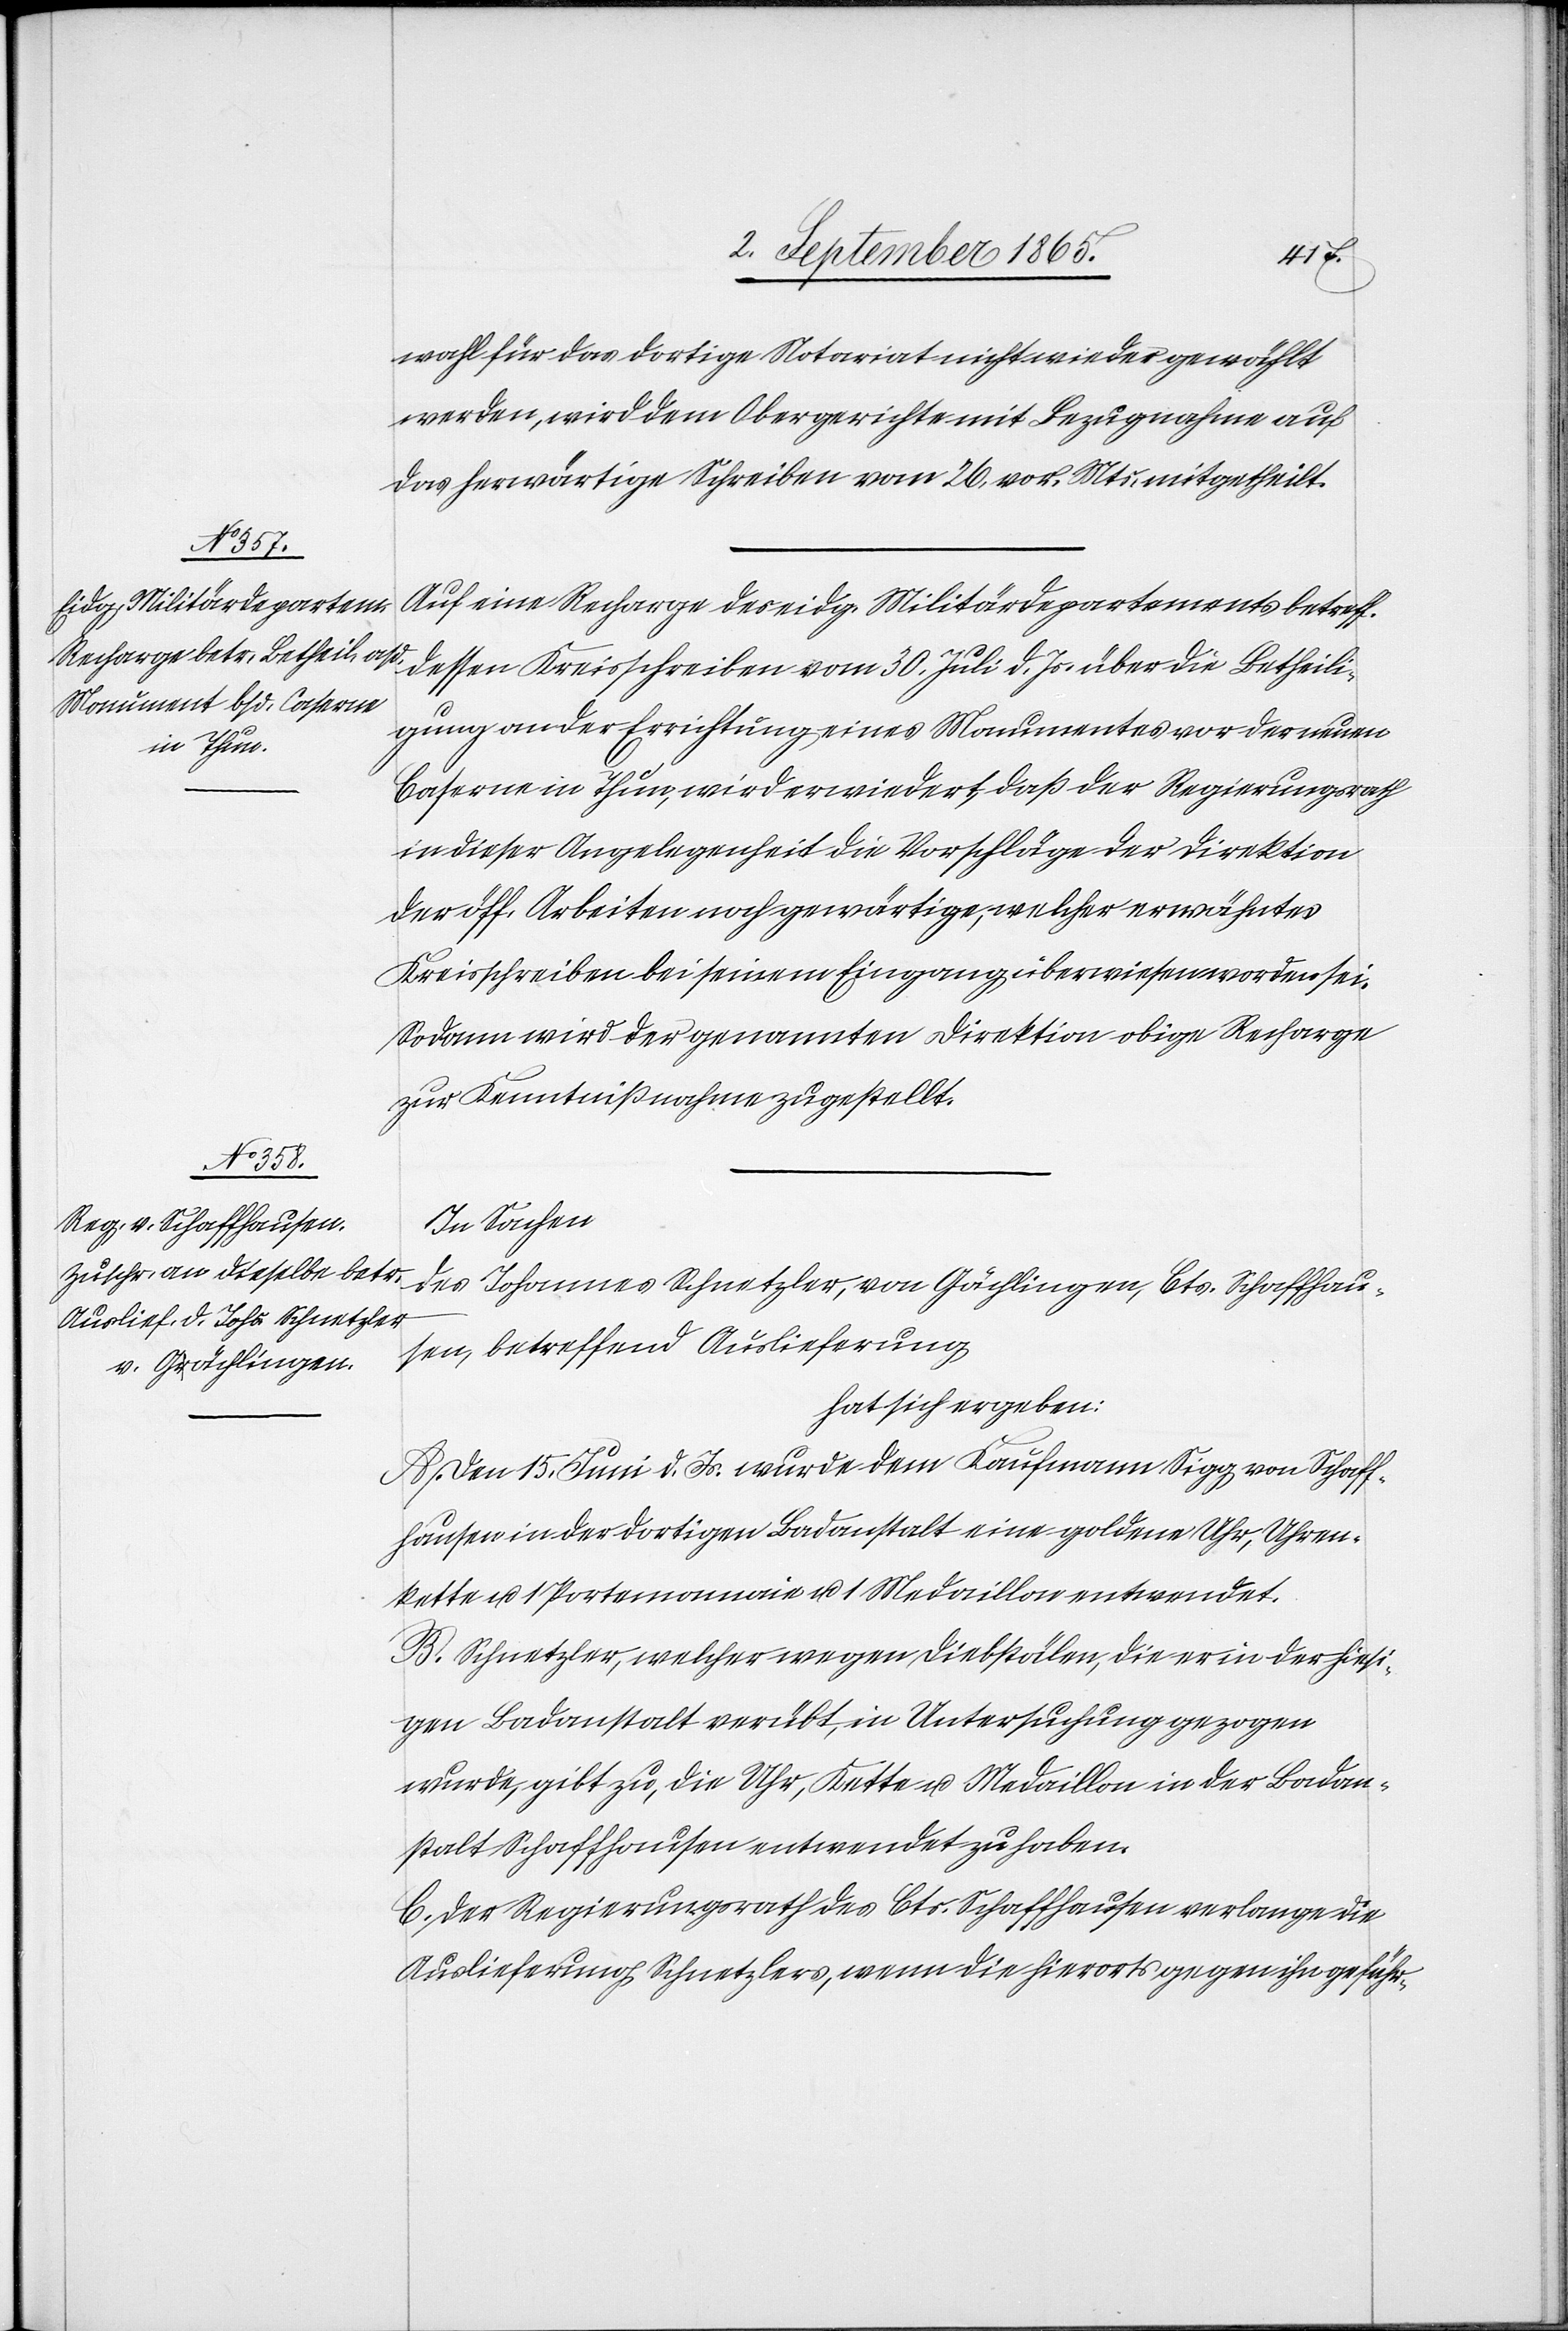
wahl für das dortige Notariat nicht wieder gewählt
werden, wird dem Obergerichte mit Bezugnahme auf
das herwärtige Schreiben vom 26. vor. Mts. mitgetheilt.
Auf eine Recharge des eidg. Militärdepartements betreff.
dessen Kreisschreiben vom 30. Juli d. Js. über die Betheili¬
gung an der Errichtung eines Monumentes vor der neuen
Caserne in Thun, wird erwiedert, daß der Regierungsrath
in dieser Angelegenheit die Vorschläge der Direktion
der öff. Arbeiten noch gewärtige, welcher erwähntes
Kreisschreiben bei seinem Eingang überwiesen worden sei.
Sodann wird der genannten Direktion obige Recharge
zur Kenntnißnahme zugestellt.
In Sachen
des Johannes Schnetzler, von Gächlingen, Cts. Schaffhau¬
sen, betreffend Auslieferung
hat sich ergeben:
A. Den 15. Juni d. Js. wurde dem Kaufmann Sigg von Schaff¬
hausen in der dortigen Badanstalt eine goldene Uhr, Uhren¬
kette u. 1 Portemonnaie u. 1 Medaillon entwendet.
B. Schnetzler, welcher wegen Diebstälen, die er in der hiesi¬
gen Badanstalt verübt, in Untersuchung gezogen
wurde, gibt zu, die Uhr, Kette u. Medaillon in der Badan¬
stalt Schaffhausen entwendet zu haben.
C. Der Regierungsrath des Cts. Schaffhausen verlange die
Auslieferung Schnetzlers, wenn die hierorts gegen ihn geführ-